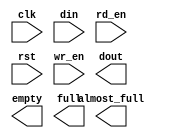
module hdr_fifo(
	clk,
	din,
	rd_en,
	rst,
	wr_en,
	almost_full,
	dout,
	empty,
	full);


input clk;
input [71 : 0] din;
input rd_en;
input rst;
input wr_en;
output almost_full;
output [71 : 0] dout;
output empty;
output full;

// synthesis translate_off

      FIFO_GENERATOR_V4_2 #(
		.C_COMMON_CLOCK(1),
		.C_COUNT_TYPE(0),
		.C_DATA_COUNT_WIDTH(2),
		.C_DEFAULT_VALUE("BlankString"),
		.C_DIN_WIDTH(72),
		.C_DOUT_RST_VAL("0"),
		.C_DOUT_WIDTH(72),
		.C_ENABLE_RLOCS(0),
		.C_FAMILY("virtex2p"),
		.C_FULL_FLAGS_RST_VAL(1),
		.C_HAS_ALMOST_EMPTY(0),
		.C_HAS_ALMOST_FULL(1),
		.C_HAS_BACKUP(0),
		.C_HAS_DATA_COUNT(0),
		.C_HAS_INT_CLK(0),
		.C_HAS_MEMINIT_FILE(0),
		.C_HAS_OVERFLOW(0),
		.C_HAS_RD_DATA_COUNT(0),
		.C_HAS_RD_RST(0),
		.C_HAS_RST(1),
		.C_HAS_SRST(0),
		.C_HAS_UNDERFLOW(0),
		.C_HAS_VALID(0),
		.C_HAS_WR_ACK(0),
		.C_HAS_WR_DATA_COUNT(0),
		.C_HAS_WR_RST(0),
		.C_IMPLEMENTATION_TYPE(0),
		.C_INIT_WR_PNTR_VAL(0),
		.C_MEMORY_TYPE(1),
		.C_MIF_FILE_NAME("BlankString"),
		.C_OPTIMIZATION_MODE(0),
		.C_OVERFLOW_LOW(0),
		.C_PRELOAD_LATENCY(1),
		.C_PRELOAD_REGS(0),
		.C_PRIM_FIFO_TYPE("512x72"),
		.C_PROG_EMPTY_THRESH_ASSERT_VAL(5),
		.C_PROG_EMPTY_THRESH_NEGATE_VAL(6),
		.C_PROG_EMPTY_TYPE(0),
		.C_PROG_FULL_THRESH_ASSERT_VAL(251),
		.C_PROG_FULL_THRESH_NEGATE_VAL(250),
		.C_PROG_FULL_TYPE(0),
		.C_RD_DATA_COUNT_WIDTH(2),
		.C_RD_DEPTH(256),
		.C_RD_FREQ(125),
		.C_RD_PNTR_WIDTH(8),
		.C_UNDERFLOW_LOW(0),
		.C_USE_DOUT_RST(1),
		.C_USE_ECC(0),
		.C_USE_EMBEDDED_REG(0),
		.C_USE_FIFO16_FLAGS(0),
		.C_USE_FWFT_DATA_COUNT(0),
		.C_VALID_LOW(0),
		.C_WR_ACK_LOW(0),
		.C_WR_DATA_COUNT_WIDTH(2),
		.C_WR_DEPTH(256),
		.C_WR_FREQ(125),
		.C_WR_PNTR_WIDTH(8),
		.C_WR_RESPONSE_LATENCY(1))
	inst (
		.CLK(clk),
		.DIN(din),
		.RD_EN(rd_en),
		.RST(rst),
		.WR_EN(wr_en),
		.ALMOST_FULL(almost_full),
		.DOUT(dout),
		.EMPTY(empty),
		.FULL(full),
		.INT_CLK(),
		.BACKUP(),
		.BACKUP_MARKER(),
		.PROG_EMPTY_THRESH(),
		.PROG_EMPTY_THRESH_ASSERT(),
		.PROG_EMPTY_THRESH_NEGATE(),
		.PROG_FULL_THRESH(),
		.PROG_FULL_THRESH_ASSERT(),
		.PROG_FULL_THRESH_NEGATE(),
		.RD_CLK(),
		.RD_RST(),
		.SRST(),
		.WR_CLK(),
		.WR_RST(),
		.ALMOST_EMPTY(),
		.DATA_COUNT(),
		.OVERFLOW(),
		.PROG_EMPTY(),
		.PROG_FULL(),
		.VALID(),
		.RD_DATA_COUNT(),
		.UNDERFLOW(),
		.WR_ACK(),
		.WR_DATA_COUNT(),
		.SBITERR(),
		.DBITERR());


// synthesis translate_on

endmodule